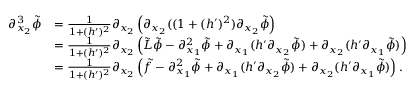
\begin{array} { r l } { \partial _ { x _ { 2 } } ^ { 3 } \tilde { \phi } } & { = \frac { 1 } { 1 + ( h ^ { \prime } ) ^ { 2 } } \partial _ { x _ { 2 } } \left( \partial _ { x _ { 2 } } ( ( 1 + ( h ^ { \prime } ) ^ { 2 } ) \partial _ { x _ { 2 } } \tilde { \phi } \right) } \\ & { = \frac { 1 } { 1 + ( h ^ { \prime } ) ^ { 2 } } \partial _ { x _ { 2 } } \left( \tilde { L } \tilde { \phi } - \partial _ { x _ { 1 } } ^ { 2 } \tilde { \phi } + \partial _ { x _ { 1 } } ( h ^ { \prime } \partial _ { x _ { 2 } } \tilde { \phi } ) + \partial _ { x _ { 2 } } ( h ^ { \prime } \partial _ { x _ { 1 } } \tilde { \phi } ) \right) } \\ & { = \frac { 1 } { 1 + ( h ^ { \prime } ) ^ { 2 } } \partial _ { x _ { 2 } } \left( \tilde { f } - \partial _ { x _ { 1 } } ^ { 2 } \tilde { \phi } + \partial _ { x _ { 1 } } ( h ^ { \prime } \partial _ { x _ { 2 } } \tilde { \phi } ) + \partial _ { x _ { 2 } } ( h ^ { \prime } \partial _ { x _ { 1 } } \tilde { \phi } ) \right) . } \end{array}